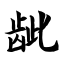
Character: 龇